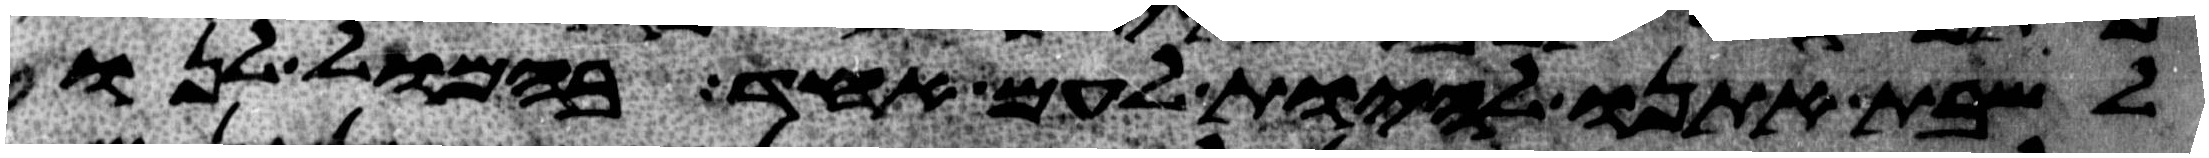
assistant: לשבת אתנו להיות לעם אחד בהמול לנו